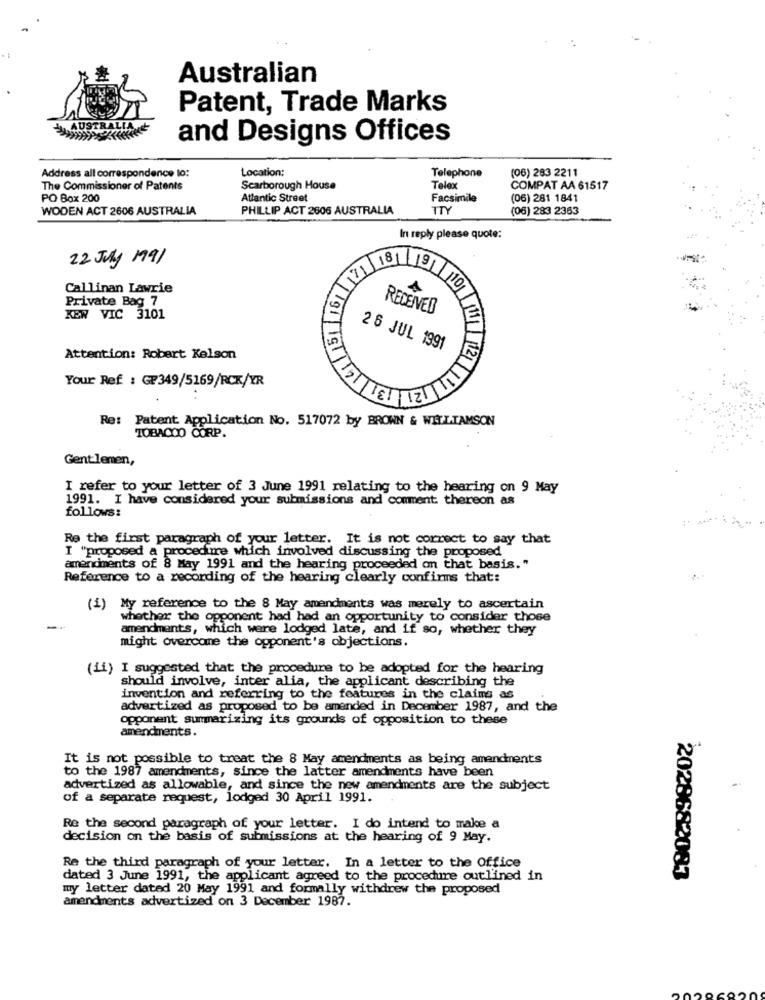
Australian
Patent, Trade Marks
AUSTRALIA
and Designs Offices
Address all correspondence to:
Location:
(06) 283 2211
Telephone
The Commissioner of Patents
Scarborough House
Telex
COMPAT AA 61517
PO Box 200
Atlantic Street
Facsimile
(06) 281 1841
WODEN ACT 2606 AUSTRALIA
PHILLIP ACT 2606 AUSTRALIA
ITY
(06) 283 2363
In reply please quote:
22 July 1991
1811
Callinan Lawrie
Private Bag 7
RECEIVED
KEW VIC 3101
91 110
TIST
26 JUL 1991
Attention: Robert Kelson
Your Ref : GP349/5169/RCK/YR
Re: Patent Application No. 517072 by BROWN & WILLIAMSON
TOBACCO CORP.
Gentlemen,
I refer to your letter of 3 June 1991 relating to the hearing on 9 May
1991. I have considered your submissions and comment thereon as
follows:
Re the first paragraph of your letter. It is not correct to say that
I "proposed a procedure which involved discussing the proposed
amendments of 8 May 1991 and the hearing proceeded on that basis."
Reference to a recording of the hearing clearly confirms that:
(i) My reference to the 8 May amendments was merely to ascertain
whether the opponent had had an opportunity to consider those
amendments, which were lodged late, and if so, whether they
might overcame the opponent's objections.
(ii) I suggested that the procedure to be adopted for the hearing
should involve, inter alia, the applicant describing the
invention and referring to the features in the claims as
advertized as proposed to be amended in December 1987, and the
opponent summarizing its grounds of opposition to these
amendments.
It is not possible to treat the 8 May amendments as being amendments
to the 1987 amendments, since the latter amendments have been
advertized as allowable, and since the new amendments are the subject
of a separate request, lodged 30 April 1991.
Re the second paragraph of your letter. I do intend to make a
decision on the basis of submissions at the hearing of 9 May.
Re the third paragraph of your letter. In a letter to the Office
dated 3 June 1991, the applicant agreed to the procedure outlined in
2028682083
my letter dated 20 May 1991 and formally withdrew the proposed
amendments advertized on 3 December 1987.